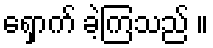
ရှောက် ခဲ့ကြသည် ။